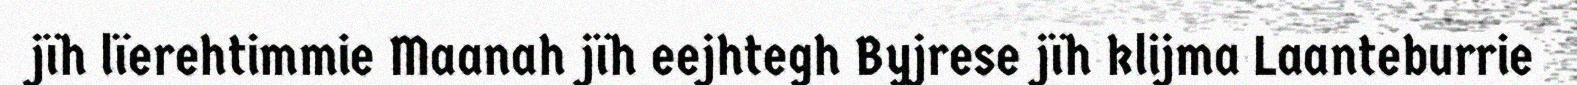
jïh lïerehtimmie Maanah jïh eejhtegh Byjrese jïh klijma Laanteburrie